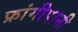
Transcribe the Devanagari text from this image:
फ्रांगीपानी